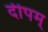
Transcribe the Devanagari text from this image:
दीपम्